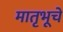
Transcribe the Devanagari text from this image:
मातृभूचे